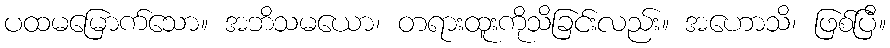
ပထမမြောက်သော။ အဘိသမယော၊ တရားထူးကိုသိခြင်းလည်း။ အဟောသိ၊ ဖြစ်ပြီ။